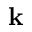
\mathbf { k }